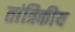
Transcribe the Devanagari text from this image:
तांत्रिकीय